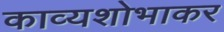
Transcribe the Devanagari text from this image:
काव्यशोभाकर